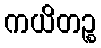
ကယိတဉ္စ